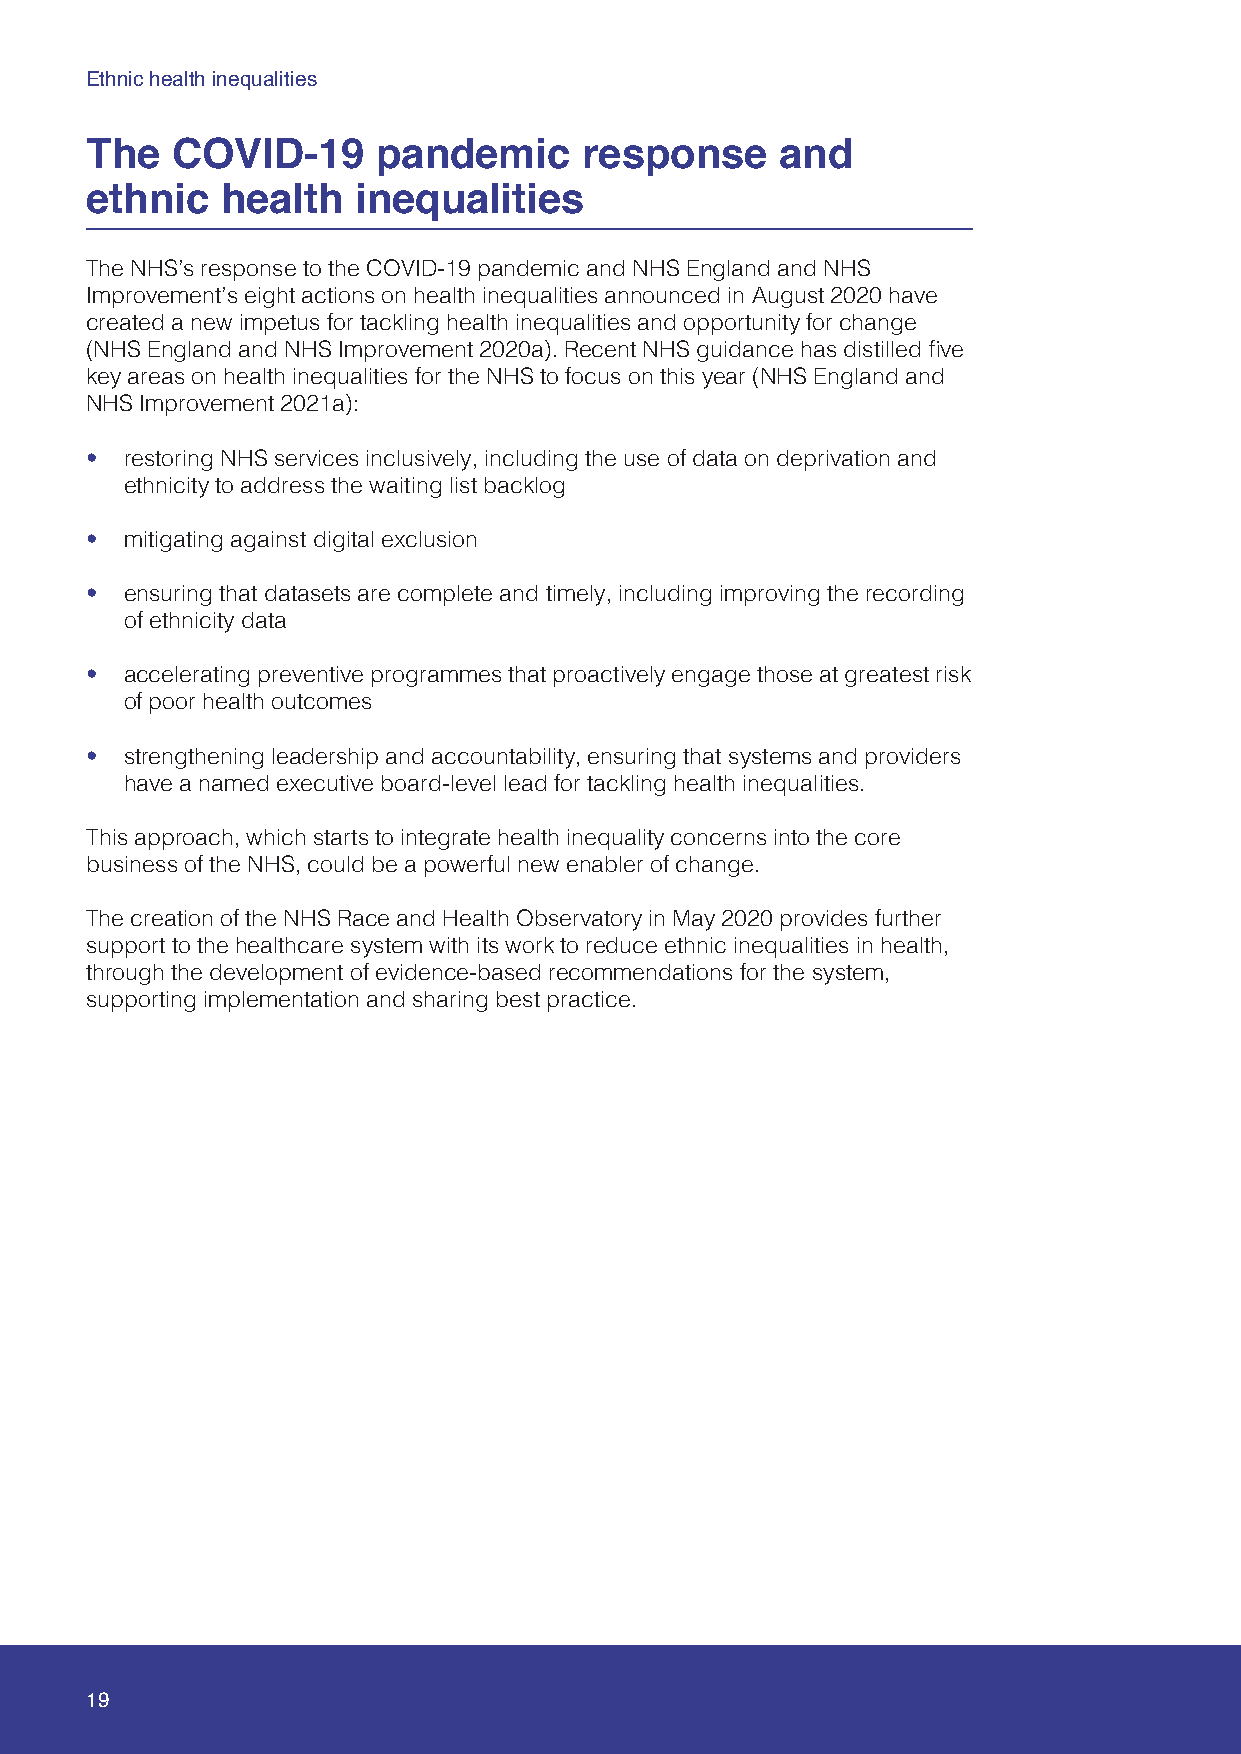
Ethnic health inequalities
 The  COVID-19      pandemic      response     and
 ethnic   health  inequalities
 The NHS’s response to the COVID-19 pandemic and NHS England and NHS
 Improvement’s eight actions on health inequalities announced in August 2020 have
 created a new impetus for tackling health inequalities and opportunity for change
 (NHS England and NHS Improvement 2020a). Recent NHS guidance has distilled five
 key areas on health inequalities for the NHS to focus on this year (NHS England and
 NHS Improvement 2021a):
 • restoring NHS services inclusively, including the use of data on deprivation and
 ethnicity to address the waiting list backlog
 • mitigating against digital exclusion
 • ensuring that datasets are complete and timely, including improving the recording
 of ethnicity data
 • accelerating preventive programmes that proactively engage those at greatest risk
 of poor health outcomes
 • strengthening leadership and accountability, ensuring that systems and providers
 have a named executive board-level lead for tackling health inequalities.
 This approach, which starts to integrate health inequality concerns into the core
 business of the NHS, could be a powerful new enabler of change.
 The creation of the NHS Race and Health Observatory in May 2020 provides further
 support to the healthcare system with its work to reduce ethnic inequalities in health,
 through the development of evidence-based recommendations for the system,
 supporting implementation and sharing best practice.
 19